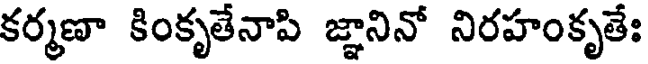
కర్మణా కింకృతేనాపి జ్ఞానినో నిరహంకృతేః